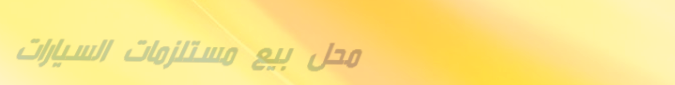
محل بيع مستلزمات السيارات